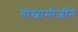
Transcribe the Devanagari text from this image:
गोस्वामीजीने